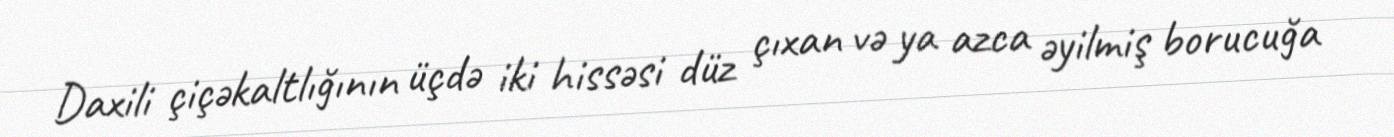
Daxili çiçəkaltlığının üçdə iki hissəsi düz çıxan və ya azca əyilmiş borucuğa